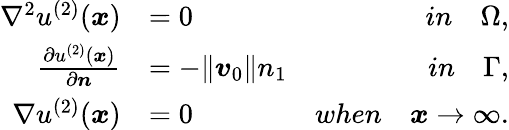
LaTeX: \begin{array}{rlr}{\nabla^{2}u^{(2)}(\boldsymbol{x})}&{=0}&{in\quad\Omega,}\\ {\frac{\partial u^{(2)}(\boldsymbol{x})}{\partial\boldsymbol{n}}}&{=-\| \boldsymbol{v}_{0}\| n_{1}}&{in\quad\Gamma,}\\ {\nabla u^{(2)}(\boldsymbol{x})}&{=0}&{when\quad\boldsymbol{x}\rightarrow\infty.}\end{array}